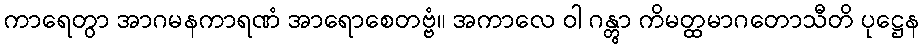
ကာရေတွာ အာဂမနကာရဏံ အာရောစေတဗ္ဗံ။ အကာလေ ဝါ ဂန္တွာ ကိမတ္ထမာဂတောသီတိ ပုဋ္ဌေန